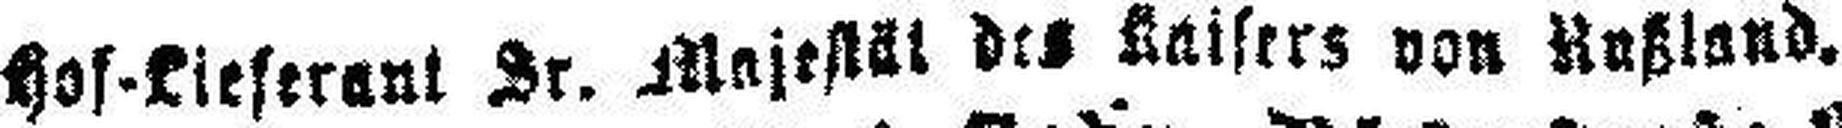
hof-kieserant Sr. Majestäl des Kaisers von R###land.